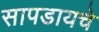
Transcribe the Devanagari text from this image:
सापडायचे